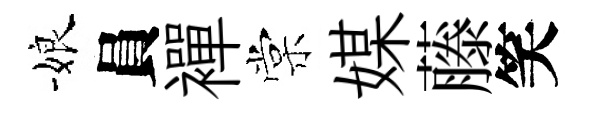
娘員襌棠媒藤笑